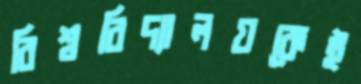
বিশ্ববিদ্যালয়কেই